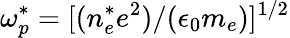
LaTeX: \omega_{p}^{*}=[(n_{e}^{*}e^{2})/(\epsilon_{0}m_{e})]^{1/2}